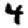
Digit: 4